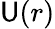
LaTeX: \mathsf{U}(r)